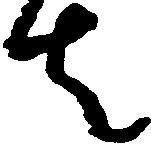
者